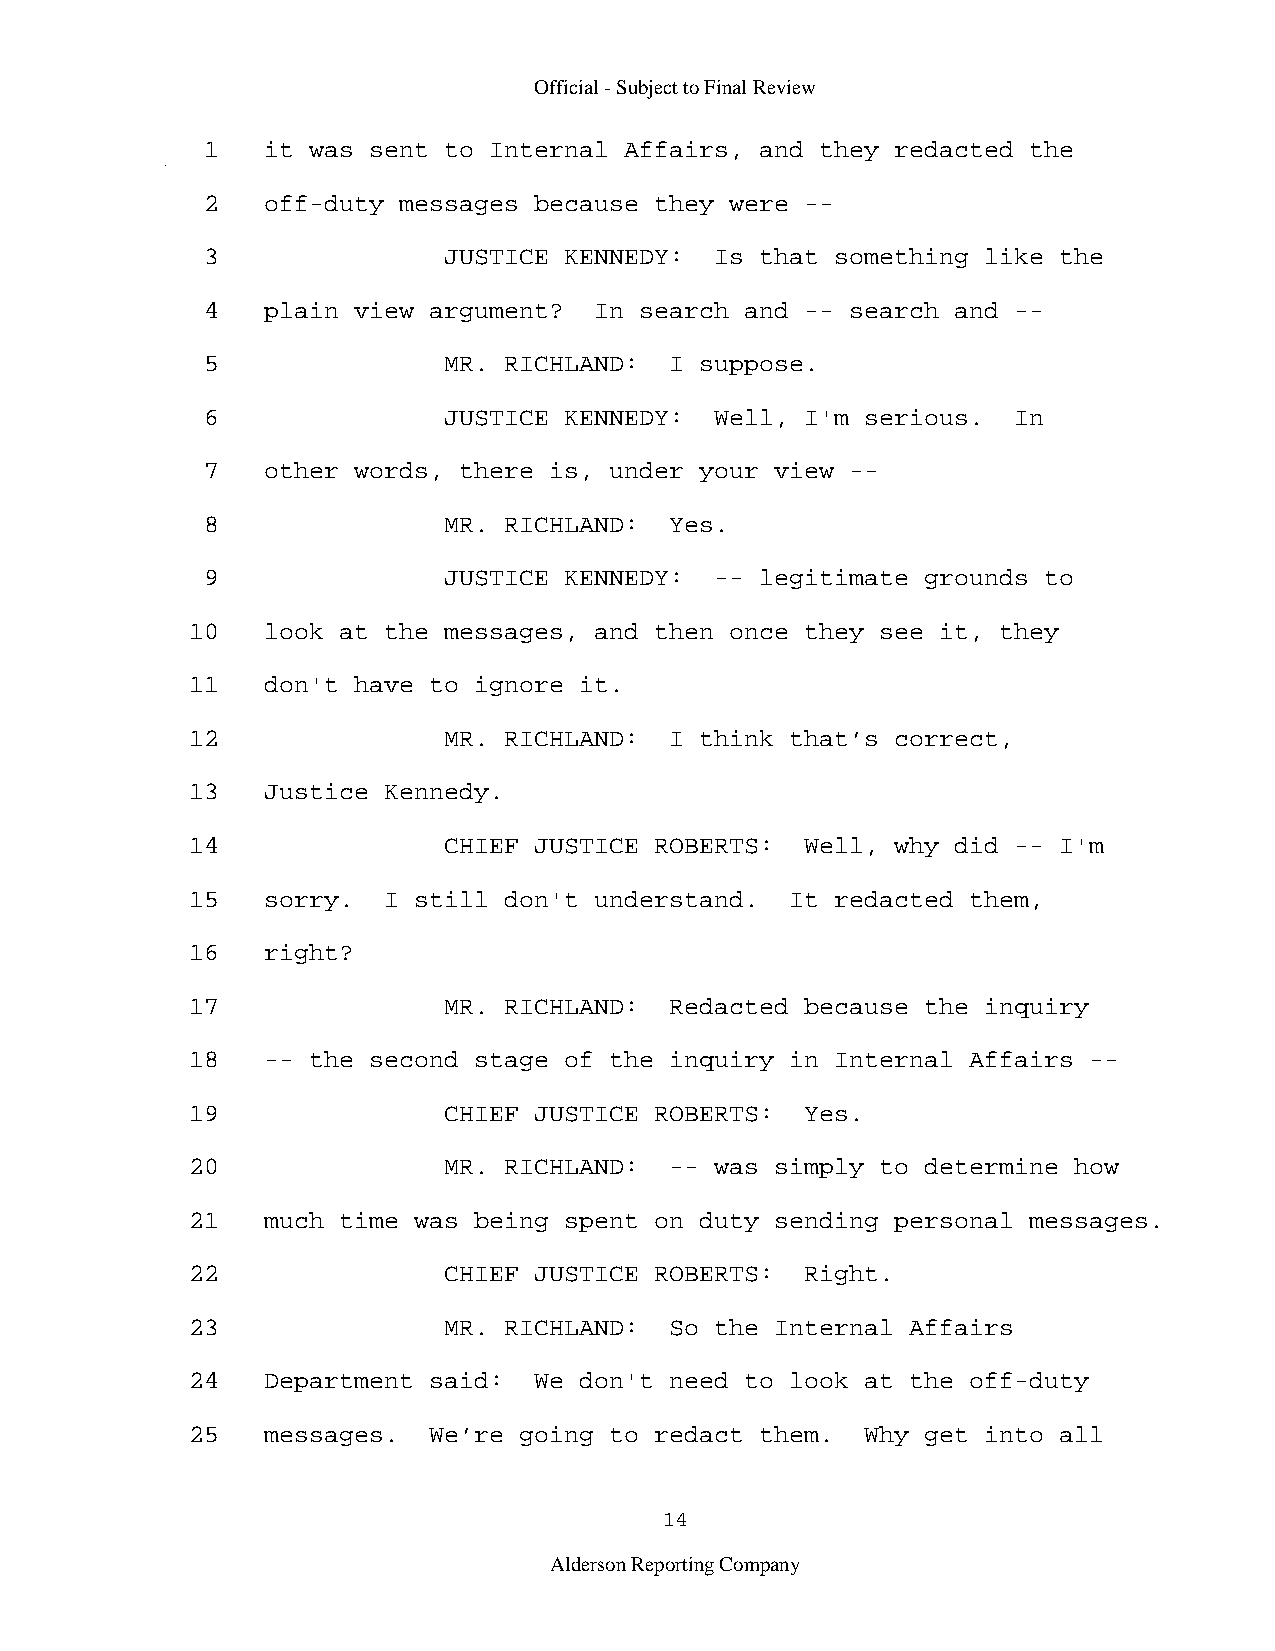
Official - Subject to Final Review
 1   it was sent to Internal Affairs, and they redacted the
 2   off-duty messages because they were --
 3               JUSTICE KENNEDY:  Is that something like the
 4   plain view argument?  In search and -- search and --
 5               MR. RICHLAND:  I suppose.
 6               JUSTICE KENNEDY:  Well, I'm serious.  In
 7   other words, there is, under your view --
 8               MR. RICHLAND:  Yes.
 9               JUSTICE KENNEDY:  -- legitimate grounds to
 10   look at the messages, and then once they see it, they
 11   don't have to ignore it.
 12               MR. RICHLAND:  I think that’s correct,
 13   Justice Kennedy.
 14               CHIEF JUSTICE ROBERTS:  Well, why did -- I'm
 15   sorry.  I still don't understand.  It redacted them,
 16   right?
 17               MR. RICHLAND:  Redacted because the inquiry
 18   -- the second stage of the inquiry in Internal Affairs --
 19               CHIEF JUSTICE ROBERTS:  Yes.
 20               MR. RICHLAND:  -- was simply to determine how
 21   much time was being spent on duty sending personal messages.
 22               CHIEF JUSTICE ROBERTS:  Right.
 23               MR. RICHLAND:  So the Internal Affairs
 24   Department said:  We don't need to look at the off-duty
 25   messages.  We’re going to redact them.  Why get into all
 14
 Alderson Reporting Company